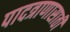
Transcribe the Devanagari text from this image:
पादत्राणासाठी